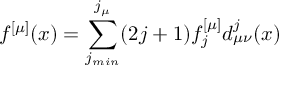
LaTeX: f ^ { [ \mu ] } ( x ) = \sum _ { j _ { m i n } } ^ { j _ { \mu } } ( 2 j + 1 ) f _ { j } ^ { [ \mu ] } d _ { \mu \nu } ^ { j } ( x )